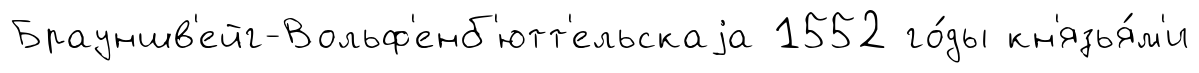
Брауншв'ейг-Вольф'енб'ютт'ельскаjа 1552 го́ды кн'язья́м'и